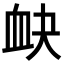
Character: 𧖫